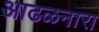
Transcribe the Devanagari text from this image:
आढळनारा